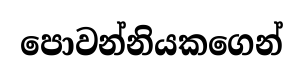
පොවන්නියකගෙන්